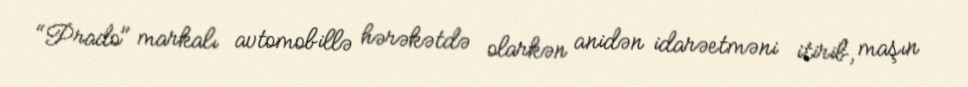
"Prado" markalı avtomobillə hərəkətdə olarkən anidən idarəetməni itirib, maşın